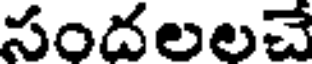
సందలలచే